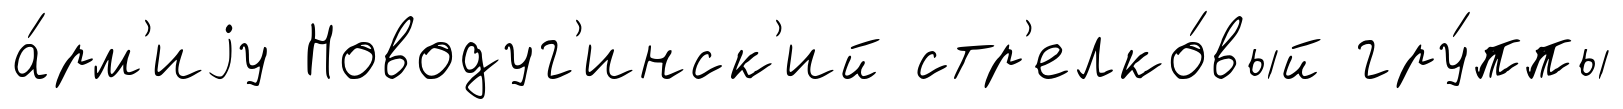
а́рм'иjу Новодуг'инск'ий стр'елко́вый гру́ппы